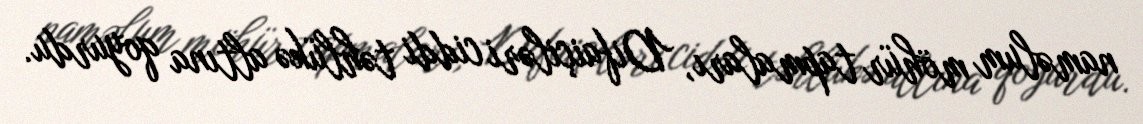
naməlum möhür tapmaları, Difaiçiləri ciddi təhlükə altına qoyurdu.